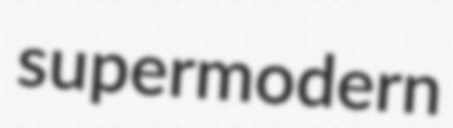
supermodern